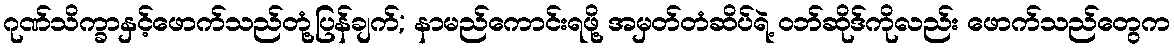
ဂုဏ်သိက္ခာနှင့်ဖောက်သည်တုံ့ပြန်ချက်; နာမည်ကောင်းရဖို့ အမှတ်တံဆိပ်ရဲ့ ဝဘ်ဆိုဒ်ကိုလည်း ဖောက်သည်တွေက